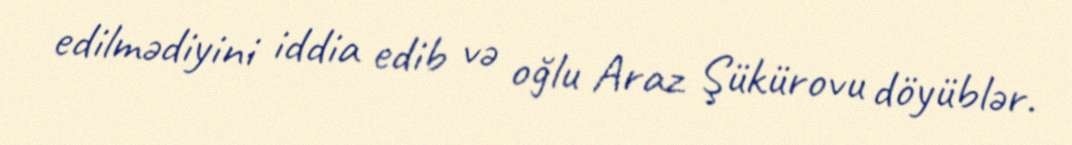
edilmədiyini iddia edib və oğlu Araz Şükürovu döyüblər.